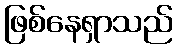
ဖြစ်နေရှာသည်